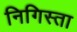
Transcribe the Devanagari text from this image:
निगिस्ता